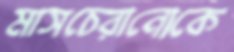
মাসচেরানোকে